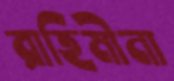
রাহিমীনা